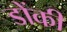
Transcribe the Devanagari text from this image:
डोंकी